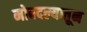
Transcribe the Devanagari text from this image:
मोबदल्यातून